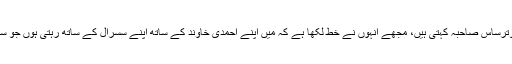
سپین سے عائشہ بوترساس صاحبہ کہتی ہیں، مجھے انہوں نے خط لکھا ہے کہ مَیں اپنے احمدی خاوند کے ساتھ اپنے سسرال کے ساتھ رہتی ہوں جو سب غیر احمدی ہیں۔